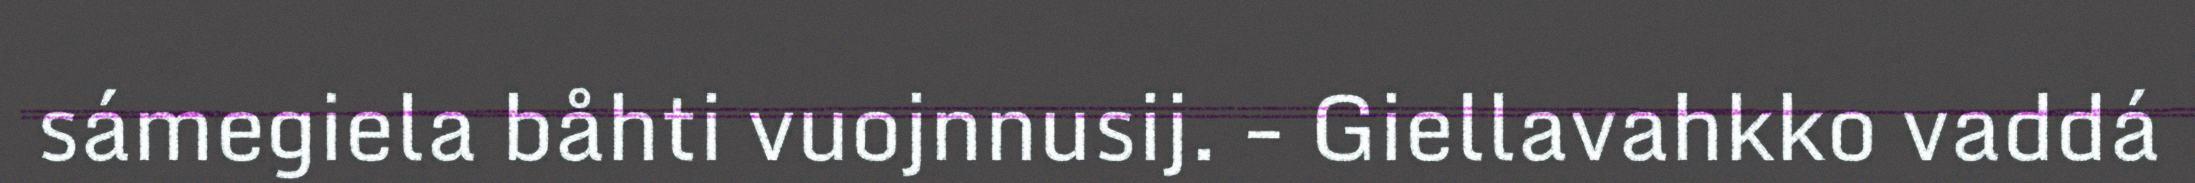
sámegiela båhti vuojnnusij. − Giellavahkko vaddá